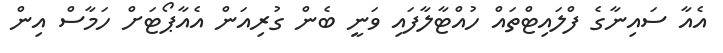
އެއާ ސައިނާގެ ފްލައިޓްތައް ހުއްޓާލާފައި ވަނީ ބެން ގުރިއަން އެއާޕޯޓަށް ހަމާސް އިން